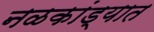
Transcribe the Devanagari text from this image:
नळकांड्यात